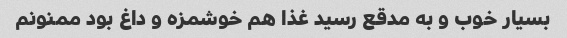
بسیار خوب و به مدقع رسید غذا هم خوشمزه و داغ بود ممنونم